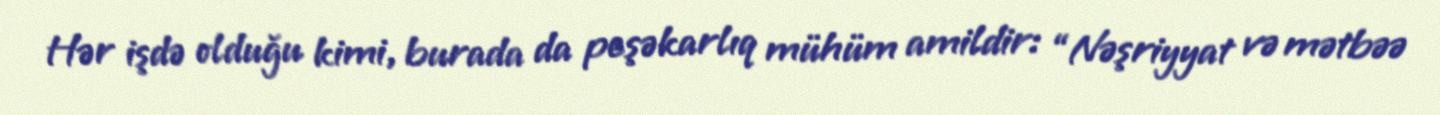
Hər işdə olduğu kimi, burada da peşəkarlıq mühüm amildir: “Nəşriyyat və mətbəə